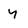
Character: Y